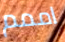
اممم